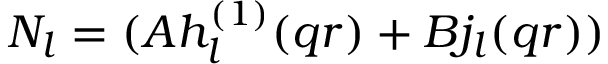
N _ { l } = ( A h _ { l } ^ { ( 1 ) } ( q r ) + B j _ { l } ( q r ) )